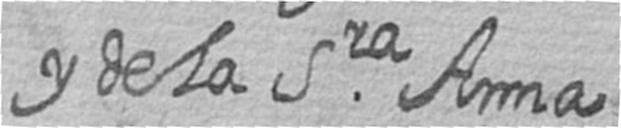
y de la Sra Anna